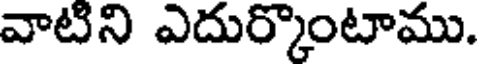
వాటిని ఎదుర్కొంటాము.